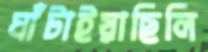
ঘাঁটাইয়াছিলি